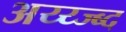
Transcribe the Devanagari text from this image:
अय्य्ज्ब्द